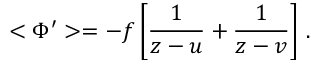
< \Phi ^ { \prime } > = - f \left[ \frac { 1 } { z - u } + \frac { 1 } { z - v } \right] \, .